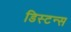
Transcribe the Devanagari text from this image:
डिस्‍टन्स